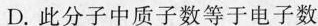
D.此分子中质子数等于电子数